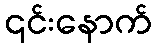
၎င်းနောက်